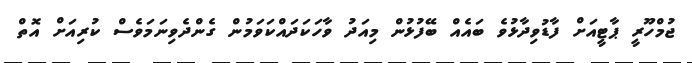
ޖުމްހޫރީ ޕާޓީއަށް ފާޑުވިދާޅުވެ ބައެއް ބޭފުޅުން މިއަދު ވާހަކަދައްކަވަމުން ގެންދެވިނަމަވެސް ކުރިއަށް އޮތް